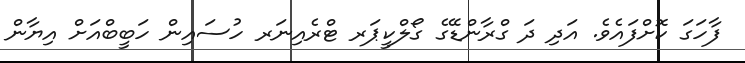
ފާހަގަ ކޮށްފައެވެ. އަދި ދަ ގްރާންޑޭގެ ގޯލްކީޕަރ ޓްރެއިނަރ ހުސައިން ހަބީބްއަށް އިޔާން